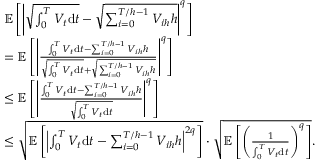
\begin{array} { r l } & { \mathbb { E } \left[ \left| \sqrt { \int _ { 0 } ^ { T } V _ { t } \mathrm { d } t } - \sqrt { \sum _ { i = 0 } ^ { T / h - 1 } V _ { i h } h } \right| ^ { q } \right] } \\ & { = \mathbb { E } \left[ \left| \frac { \int _ { 0 } ^ { T } V _ { t } \mathrm { d } t - \sum _ { i = 0 } ^ { T / h - 1 } V _ { i h } h } { \sqrt { \int _ { 0 } ^ { T } V _ { t } \mathrm { d } t } + \sqrt { \sum _ { i = 0 } ^ { T / h - 1 } V _ { i h } h } } \right| ^ { q } \right] } \\ & { \leq \mathbb { E } \left[ \left| \frac { \int _ { 0 } ^ { T } V _ { t } \mathrm { d } t - \sum _ { i = 0 } ^ { T / h - 1 } V _ { i h } h } { \sqrt { \int _ { 0 } ^ { T } V _ { t } \mathrm { d } t } } \right| ^ { q } \right] } \\ & { \leq \sqrt { \mathbb { E } \left[ \left| \int _ { 0 } ^ { T } V _ { t } \mathrm { d } t - \sum _ { i = 0 } ^ { T / h - 1 } V _ { i h } h \right| ^ { 2 q } \right] } \cdot \sqrt { \mathbb { E } \left[ \left( \frac { 1 } { \int _ { 0 } ^ { T } V _ { t } \mathrm { d } t } \right) ^ { q } \right] } . } \end{array}